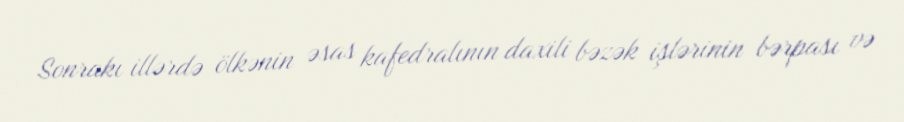
Sonrakı illərdə ölkənin əsas kafedralının daxili bəzək işlərinin bərpası və